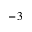
^ { - 3 }